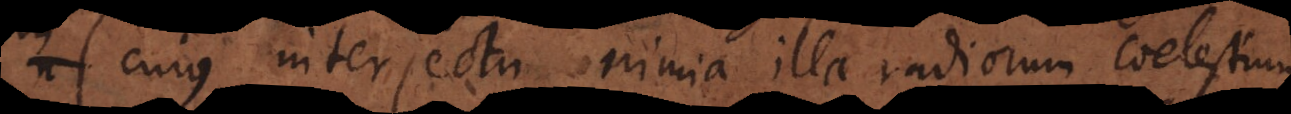
cujus interiectu nimia illa radiorum coelestium